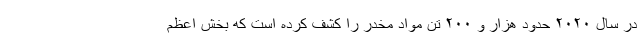
در سال ۲۰۲۰ حدود هزار و ۲۰۰ تن مواد مخدر را کشف کرده است که بخش اعظم